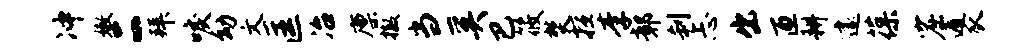
冲嫩二拜唳幼文匡冶廪撤当奚巴筱焚擅李鄣刹忐出匝耕遽葆窟遁瓜